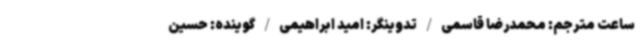
ساعت مترجم: محمدرضا قاسمی / تدوینگر: امید ابراهیمی / گوینده: حسین